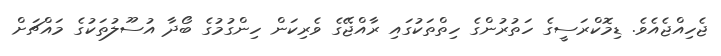
ޖެހިއްޖެއެވެ. ޑިމޮކްރަސީގެ ހަތުރުންގެ ހިތްތަކުގައި ރާއްޖޭގެ ވެރިކަން ހިންގުމުގެ ބޯދާ އުސޫލުތަކުގެ މައްޗަށް